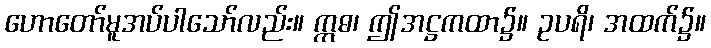
ဟောတော်မူအပ်ပါသော်လည်း။ ဣဓ၊ ဤအဋ္ဌကထာ၌။ ဥပရိ၊ အထက်၌။